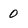
Character: 0